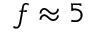
f \approx 5